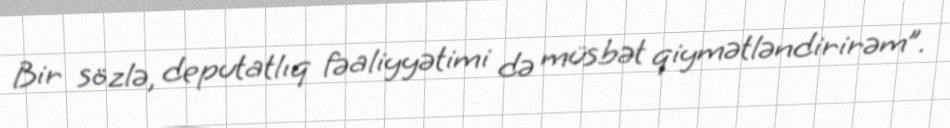
Bir sözlə, deputatlıq fəaliyyətimi də müsbət qiymətləndirirəm”.